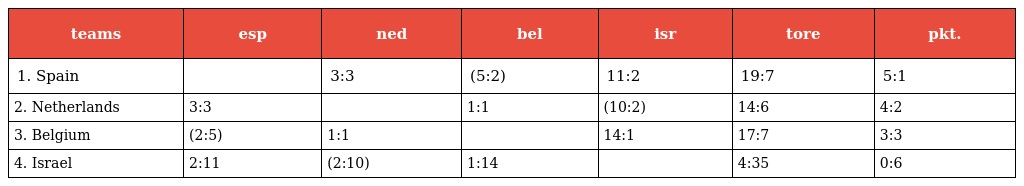
| teams | esp | ned | bel | isr | tore | pkt. |
 | --- | --- | --- | --- | --- | --- | --- |
 | 1. Spain |  | 3:3 | (5:2) | 11:2 | 19:7 | 5:1 |
 | 2. Netherlands | 3:3 |  | 1:1 | (10:2) | 14:6 | 4:2 |
 | 3. Belgium | (2:5) | 1:1 |  | 14:1 | 17:7 | 3:3 |
 | 4. Israel | 2:11 | (2:10) | 1:14 |  | 4:35 | 0:6 |